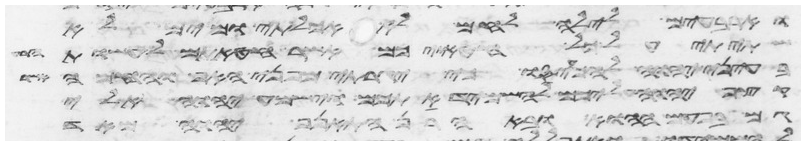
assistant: וארבעים לילה לחם לא אכלתי ומים לא
שתיתי על כל חטאתיכם אשר חטאתם לעשות הרע
בעיני יהוה להכעיסו כי יגרתי מפני האף והחמה
קצף יהוה עליכם להשמיד אתכם וישמע יהוה אלי
גם בפעם ההוא ובאהרן התאנף יהוה מאד